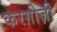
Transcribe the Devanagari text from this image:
करग़ीज़ी